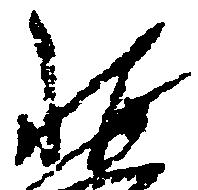
琳